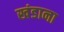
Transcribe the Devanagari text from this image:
खंडाना